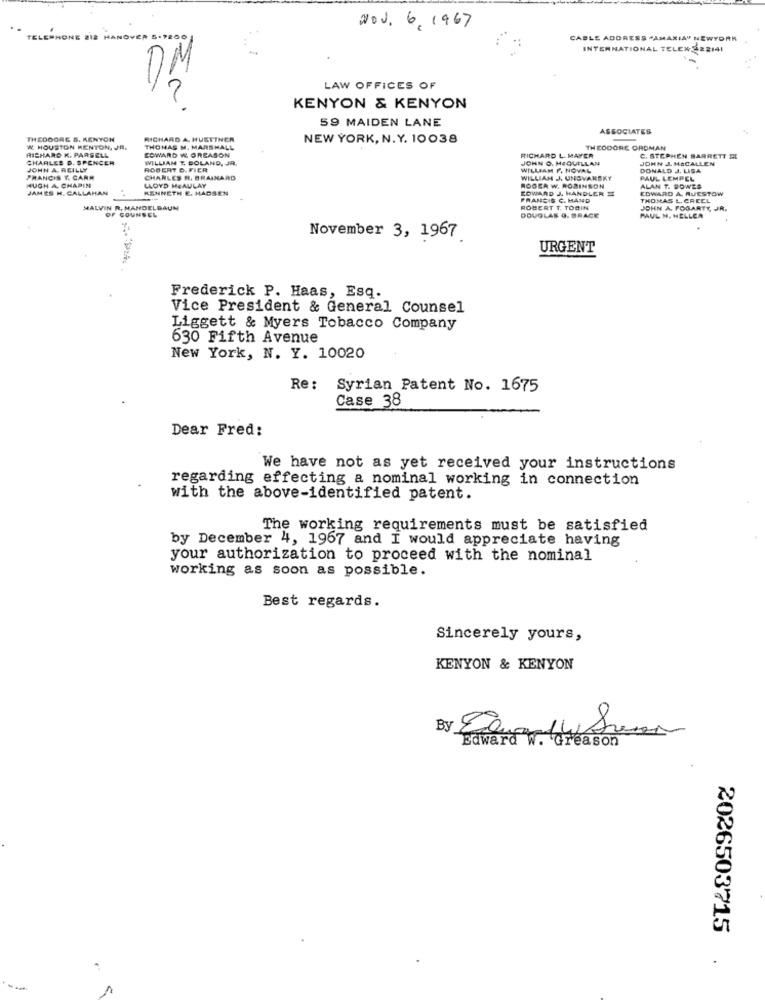
20v. 6, 1967
HANOVER 5-2200
CABLE ADDRESS "AMAXIA" NEWYORK
INTERNATIONAL TELEN 522141
LAW OFFICES OF
KENYON & KENYON
59 MAIDEN LANE
ASSOCIATES
THEDOORE S. KENYON
RICHARD A. HUSTTNER
NEW YORK, N. Y. 10038
W. HOUSTON MENTON, JR.
RICHARD K. PARSELL
EDWARD W. OREASON
THOMAS M. MARSHALL
THEODORE ORDMAN
CHARLES D. SPENCER
WILLIAM E BOLAND, JR.
RICHARD L. MAYER
JOHN O. MEQUILLAN
C. STEPHEN BARRETT M
JOHN J. MSCALLEN
JOHN A. REILLY
ROBERT D. FIER
WILLIAM F. NOVAL
DONALD J. LISA
FRANCIS T. CARR
CHARLES R. BRAINARD
LLOYD MEAULAY
WILLIAM J. UNSVARSKY
PAUL LEMPEL
HUGH A CHAPIN
JAMES H. CALLAHAN
KENNETH E. MADSEN
ROGER W. ROBINSON
COWARD J. HANDLER
ALAN T. BOWED
COWARD A, RUESTOW
FRANCIS C. HAND
THOMAS L. CREEL
MALVIN R, MANDELBAUM
OF COUNSEL
ROBERT T. TOBIN
JOHN A. FOGARTY, JR.
DOUGLAS G. BRACE
PAUL N. HELLEA
November 3, 1967
URGENT
Frederick P. Haas, Esq.
Vice President & General Counsel
Liggett & Myers Tobacco Company
630 Fifth Avenue
New York, N. Y. 10020
Re :
Syrian Patent No. 1675
Case 38
Dear Fred:
We have not as yet received your instructions
regarding effecting a nominal working in connection
with the above-identified patent.
The working requirements must be satisfied
by December 4, 1967 and I would appreciate having
your authorization to proceed with the nominal
working as soon as possible.
Best regards.
Sincerely yours,
KENYON & KENYON
Edward w. Greason
2026503715
.